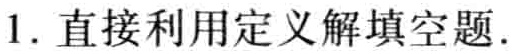
1. 直接利用定义解填空题.